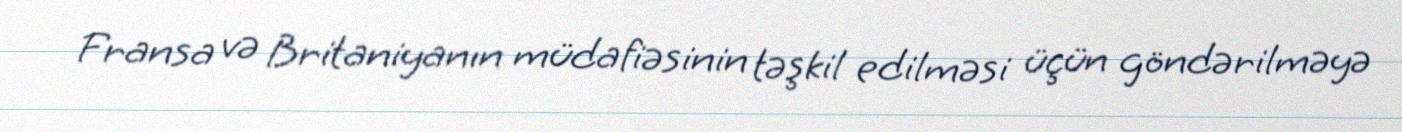
Fransa və Britaniyanın müdafiəsinin təşkil edilməsi üçün göndərilməyə